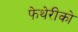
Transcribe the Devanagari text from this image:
फेथेरीको